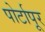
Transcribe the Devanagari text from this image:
पोर्टापूर